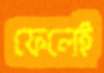
ফেলেই